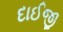
દાઈજી